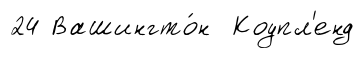
24 Вашингто́н Коупл'енд